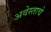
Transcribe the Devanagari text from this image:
अवेस्ताचे